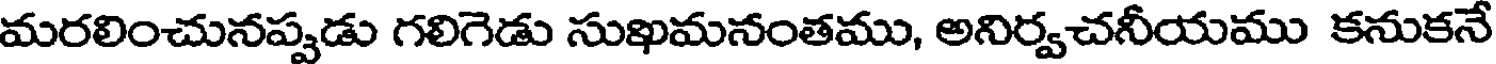
మరలించునప్పడు గలిగెడు సుఖమనంతము, అనిర్వచనీయము కనుకనే